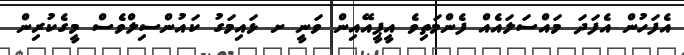
އެފަހުން އެފަދަ މައްސަލައެއް ފެންމަތިވެ އީޕީއޭއިން ވަނީ ށ ޅައިމަގު ކައުންސިލްވެސް މީގެކުރިން